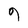
Character: 9